Annual report on the health of the army in India
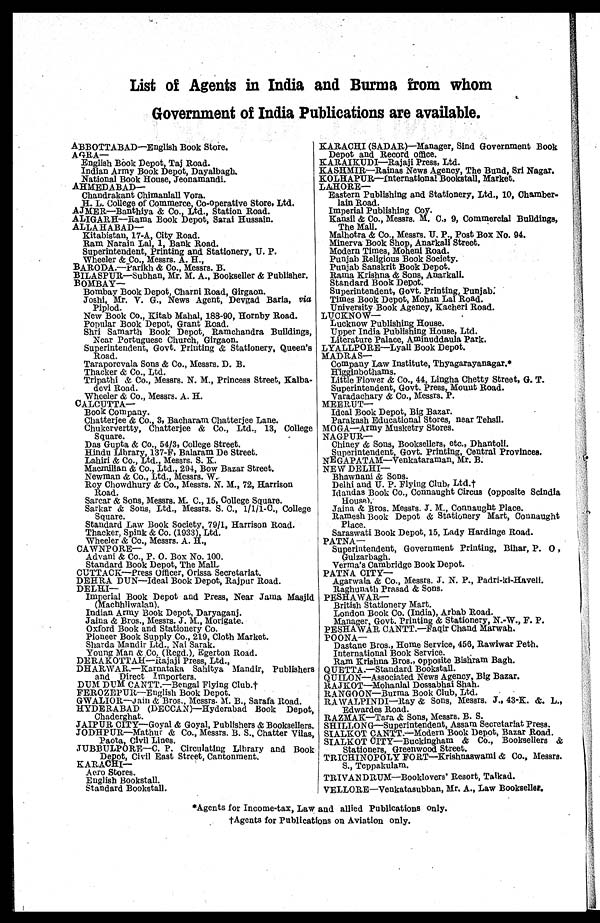
List of Agents in India and Burma from whom
Government of India Publications are available.
ABBOTTABAD—English Book Store.
AGRA
— English Book Depot, Taj Road.
Indian Army Book Depot, Dayalbagh.
National Book House, Jeonamandi.
AHMEDABAD
— Chandrakant Chimanlall Vora.
H. L. College of Commerce, Co-operative Store, Ltd.
AJMER—Banthiya & Co. Ltd. Station Road.
ALIGARH—Rama Book Depot, Sarai Hussain.
ALLAHABAD— Kitabistan, 17-A, City Road.
Ram Narain Lal, 1, Bank Road.
Superintendent, Printing and Stationery, U. P.
Wheeler & Co., Messrs. A. H.,
BARODA.—Parikh & Co., Messrs. B.
BILASPUR—Subhan, Mr. M. A., Bookseller & Publisher.
BOMBAY— Bombay Book Depot, Charni Road, Girgaon.
Joshi, Mr. V. G., News Agent, Devgad Baria, via
Piplod.
New Book Co., Kitab Mahal, 188-90, Hornby Road.
Popular Book Depot, Grant Road.
Shri Samarth Book Depot, Ramchandra Buildings,
Near Portuguese Church, Girgaon.
Superintendent, Govt. Printing & Stationery, Queen' s
Road.
Taraporevala Sons & Co., Messrs. D. B.
Thacker & Co., Ltd.
Tripathi & Co., Messrs. N. M., Princess Street, Kalba
-devi Road.
Wheeler & Co., Messrs. A. H.
CALCUTTA— Book Company.
Chatterjee & Co., 3, Bacharam Chatterjee Lane.
Chukervertty, Chatterjee & Co., Ltd., 13, College
Square.
Das Gupta & Co., 54/3, College Street.
Hindu Library, 137-F, Balaram De Street.
Lahiri & Co., Ltd., Messrs. S. K.
Macmillan & Co., Ltd., 294, Bow Bazar Street.
Newman & Co., Ltd., Messrs. W.
Roy Chowdhury & Co., Messrs. N. M., 72, Harrison
Road.
Sarcar & Sons, Messrs. M. C., 15, College Square.
Sarkar & Sons, Ltd., Messrs. S. C., 1/1/1-C., College
Square.
Standard Law Book Society, 79/1, Harrison Road.
Thacker, Spink & Co. (1933), Ltd.
Wheeler & Co., Messrs. A. H.,
CAWNPORE — Advani & Co., P. O. Box No. 100.
Standard Book Depot, The Mall.
CUTTACK—Press Officer, Orissa Secretariat.
DEHRA DUN—Ideal Book Depot, Rajpur Road.
DELHI— Imperial Book Depot and Press, Near Jama Masjid
(Machhliwalan).
Indian Army Book Depot, Daryaganj.
Jaina & Bros., Messrs. J. M., Morigate.
Oxford Book and Stationery Co.
Pioneer Book Supply Co. 219, Cloth Market.
Sharda Mandir Ltd., Nai Sarak.
Young Man & Co. (Regd.), Egerton Road.
DERAKOTTAH—Rajaji Press, Ltd.,
DHARWAR.—Karnataka Sahitya Mandir, Publishers
and Direct Importers.
DUM DUM CANTT.—Bengal Flying Club.
†
FEROZEPUR—English Book Depot.
GWALIOR—Jain & Bros., Messrs. M. B., Sarafa Road.
HYDERABAD (DECCAN)—Hyderabad Book Depot,
Chaderghat.
JAIPUR CITY—Goyal & Goyal, Publishers & Booksellers.
JODHPUR—Mathur & Co., Messrs. B. S., Chatter Vilas,
Paota, Civil Lines.
JUBBULPORE—C. P. Circulating Library and Book
Depot, Civil East Street, Cantonment.
KARACHI — Aero Stores.
English Bookstall.
Standard Bookstall.
KARACHI (SADAR)—Manager, Sind Government Book
Depot and Record office.
KARAIKUDI—Rajaji Press, Ltd.
KASHMIR—Rainas News Agency, The Bund, Sri Nagar.
KOLHAPUR—international Bookstall, Market.
LAHORE— Eastern Publishing and Stationery, Ltd., 10, Chamber
-lain Road.
Imperial Publishing Coy.
Kansil & Co., Messrs. M. C., 9, Commercial Buildings,
The Mall.
Malhotra & Co., Messrs. U. P., Post Box No. 94.
Minerva Book Shop, Anarkali Street.
Modern Times, Moheni Road.
Punjab Religious Book Society.
Punjab Sanskrit Book Depot.
Rama Krishna & Sons, Anarkali.
Standard Book Depot.
Superintendent, Govt. Printing, Punjab.
Times Book Depot, Mohan Lal Road.
University Book Agency, Kacheri Road.
LUCKNOW
— Lucknow Publishing House.
Upper India Publishing House, Ltd.
Literature Palace, Aminuddaula Park.
LYALLPORE—Lyall Book Depot.
MADRAS— Company Law Institute, Thyagarayanagar.
*
Higginbothams. Little Flower & Co., 44, Lingha Chatty Street, G. T.
Superintendent, Govt. Press, Mount Road.
Varadachary & Co., Messrs. P.
MEERUT
— Ideal Book Depot, Big Bazar.
Parakash Educational Stores, near Tehsil.
MOGA—Army Musketry Stores.
NAGPUR
— Chiney & Sons, Booksellers, etc., Dhantoli.
Superintendent, Govt. Printing, Central Provinces.
NEGAPATAM—Venkataraman, Mr. B.
NEW DELHI
— Bhawnani & Sons.
Delhi and U. P. Flying Club, Ltd.†
Idandas Book Co., Connaught Circus (opposite Scindia
House).
Jaina & Bros. Messrs. J. M. Connaught Place.
Ramesh Book Depot & Stationery Mart, Connaught
Place.
Saraswati Book Depot, 15, Lady Hardinge Road.
PATNA— Superintendent, Government Printing, Bihar, P. O,
Gulzarbagh.
Verma' s Cambridge Book Depot.
PATNA CITY
— Agarwala & Co., Messrs. J. N. P., Padri-ki-Haveli.
Raghunath Prasad & Sons.
PESHAWAR— British Stationery Mart.
London Book Co. (India), Arbab Road.
Manager, Govt. Printing & Stationery, N.-W., F. P.
PESHAWAR CANTT.—Faqir Chand Marwah.
POONA
— Dastane Bros., Home Service, 456, Rawiwar Peth.
International Book Service.
Ram Krishna Bros., opposite Bishram Bagh.
QUETTA.—Standard Bookstall.
QUILON—Associated News Agency, Big Bazar.
RAJKOT—Mohanlal Dossabhai Shah.
RANGOON—Burma Book Club, Ltd.
RAWALPINDI—Ray & Sons, Messrs. J., 43-K. &. L.,
Edwardes Road.
RAZMAK—Tara & Sons, Messrs. B. S.
SHILLONG—Superintendent, Assam Secretariat Press.
SIALKOT CANTT.—Modern Book Depot, Bazar Road.
SIALKOT CITY—Buckingham & Co., Booksellers &
Stationers, Greenwood Street.
TRICHINOPOLY FORT—Krishnaswami & Co., Messrs.
S., Teppakulam.
TRIVANDRUM—Booklovers Resort, Taikad.
VELLORE—Venkatasubban, Mr. A., Law Bookseller.
* Agents for Income-tax, Law and allied Publications only.
† Agents for Publications on Aviation only.